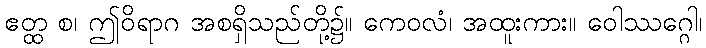
ဧတ္ထ စ၊ ဤဝိရာဂ အစရှိသည်တို့၌။ ကေဝလံ၊ အထူးကား။ ဝေါဿဂ္ဂေါ၊